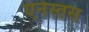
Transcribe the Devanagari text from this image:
एर्नेस्तस